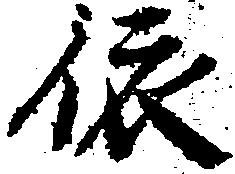
依